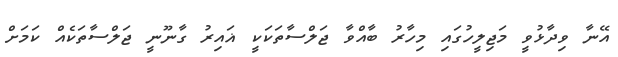
އޭނާ ވިދާޅުވީ މަޖިލީހުގައި މިހާރު ބާއްވާ ޖަލްސާތަކަކީ ޣައިރު ގާނޫނީ ޖަލްސާތަކެއް ކަމަށް